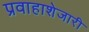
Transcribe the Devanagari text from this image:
प्रवाहाशेजारी